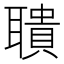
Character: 聵